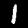
Digit: 1